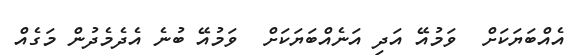
އެއްބަޔަކަށް  ވަމުއޭ އަދި އަނެއްބަޔަކަށް  ވަމުއޭ ބުނެ އެދެމެދުން މަގެއް